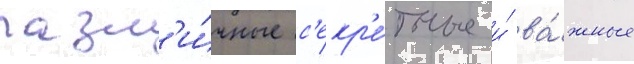
разл'и́чные с'екр'е́тные и́ ва́жные